Jaan_Tonisson_(Lasteleht), lk 356
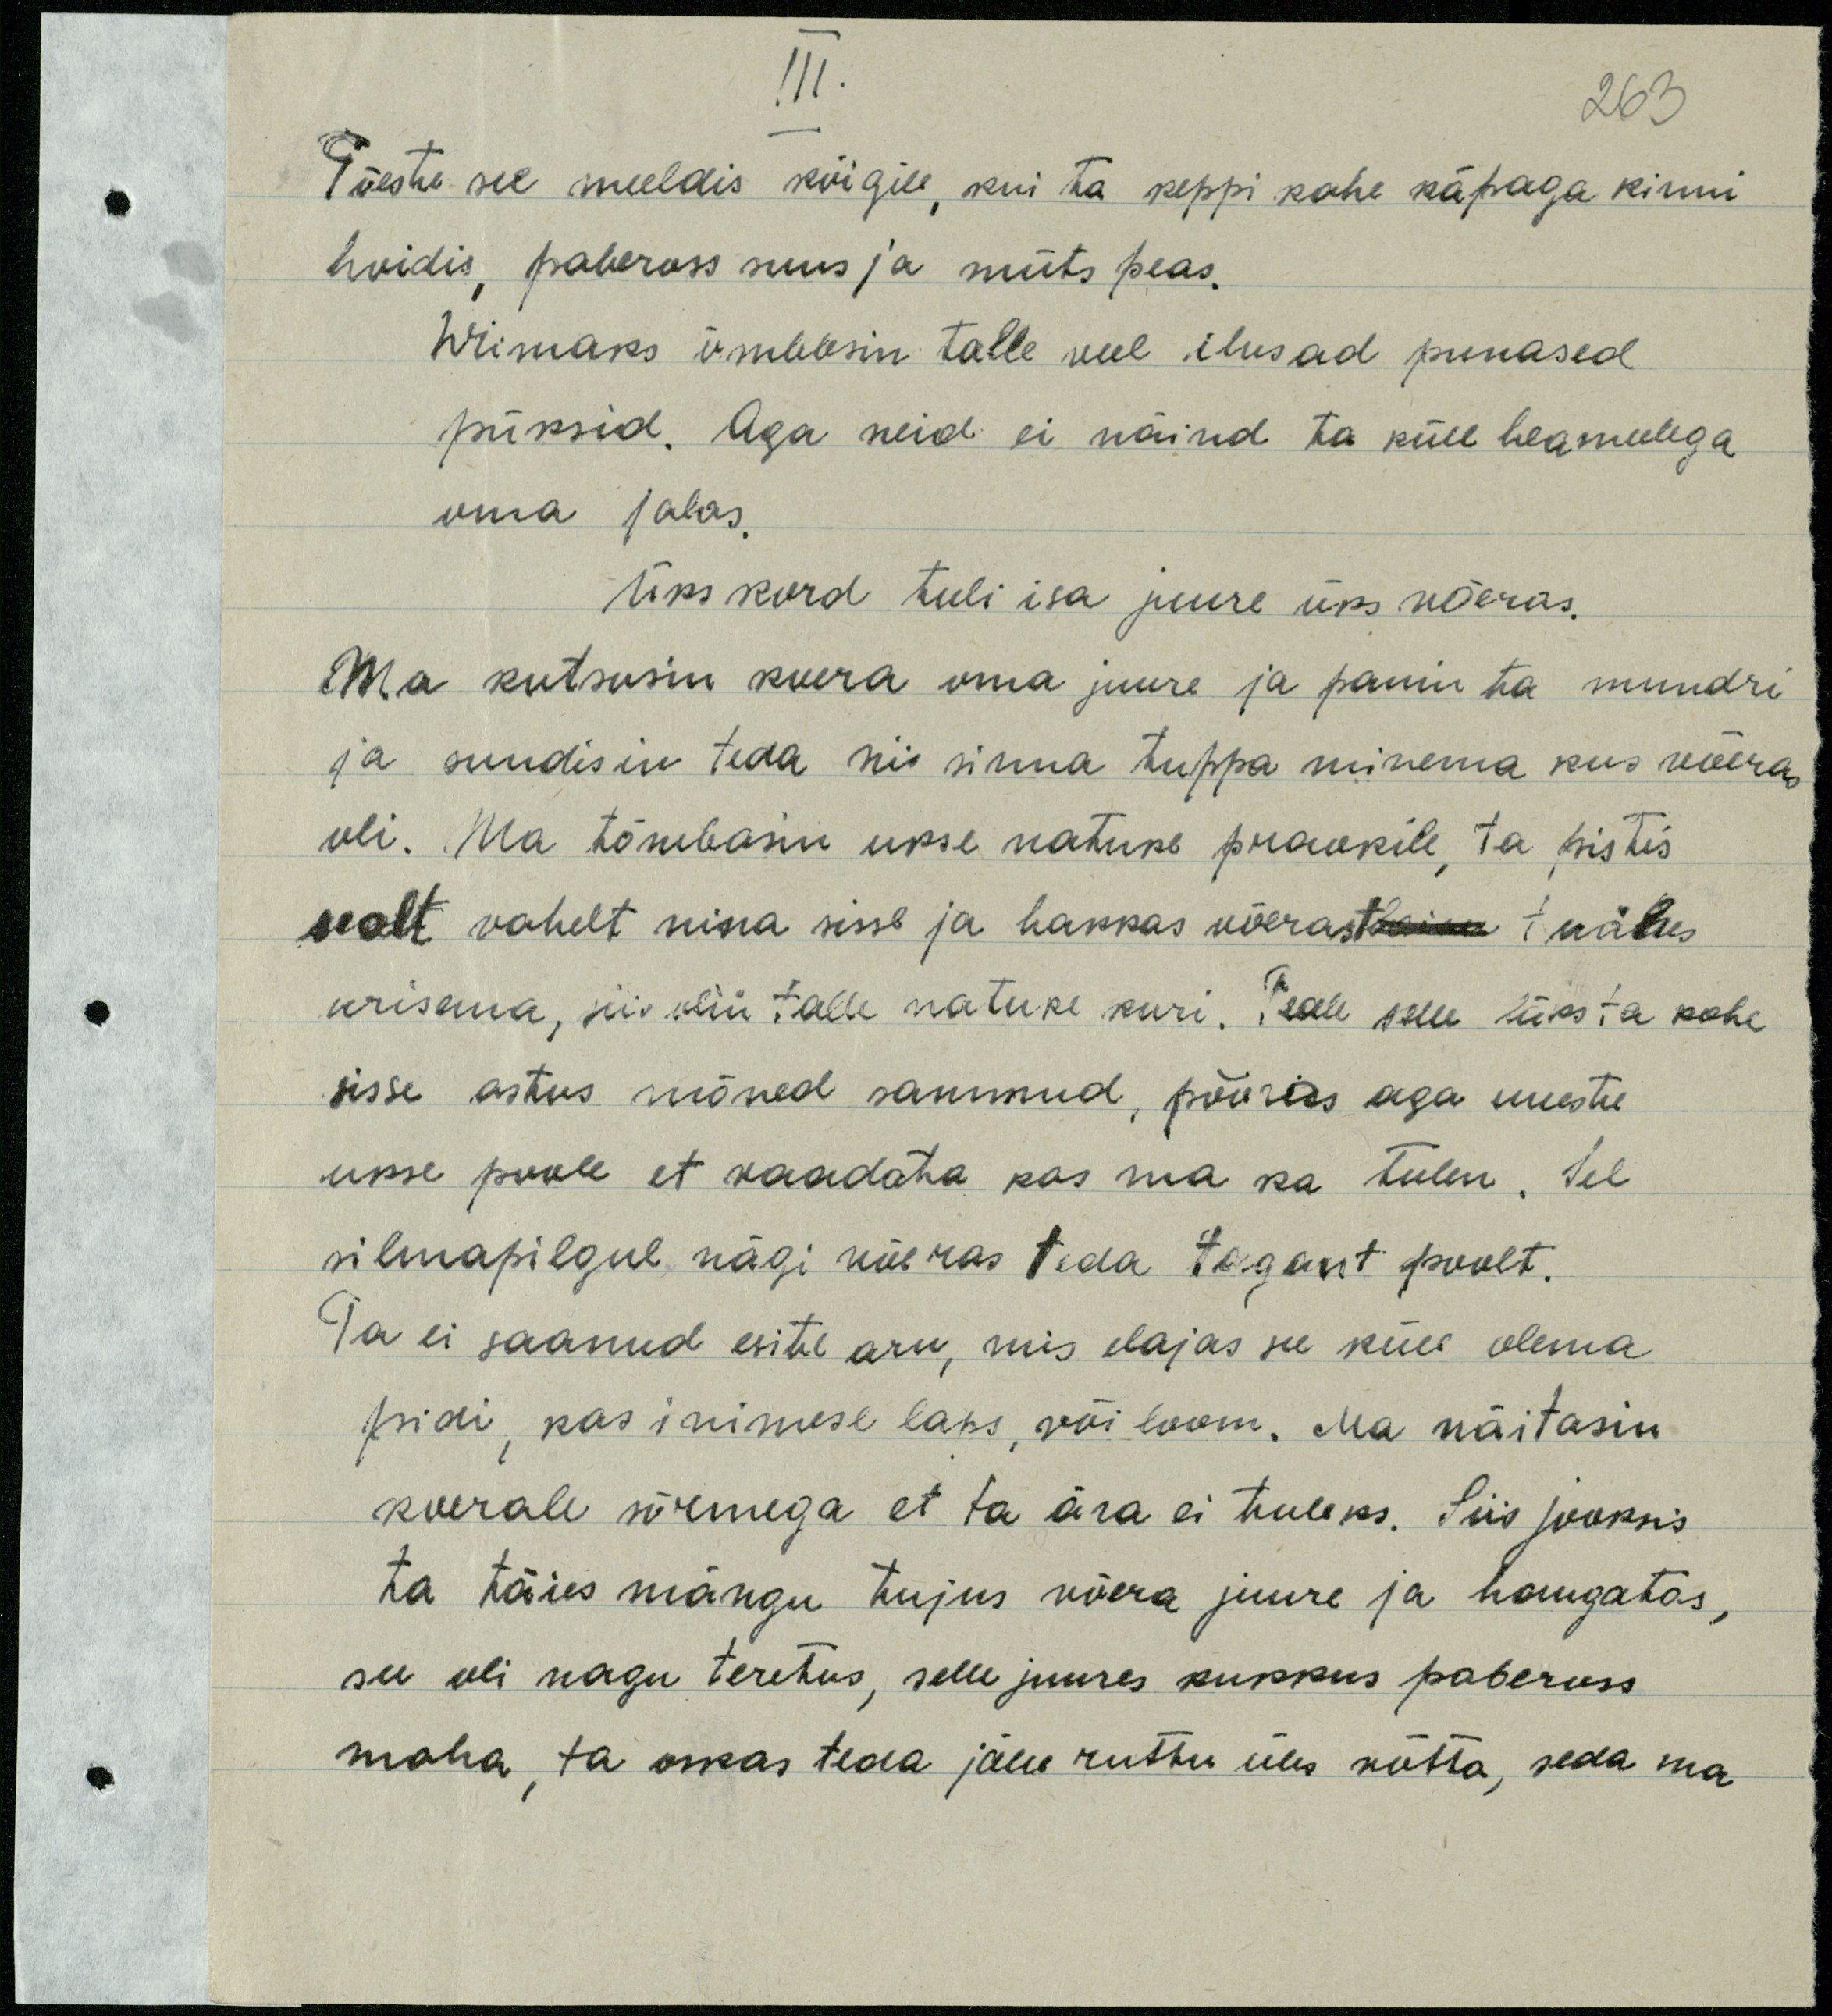
III.
263
Tõeste see meeldis kõigile, kui ta keppi kahe käpaga kinni
hoidis pabeross suus ja müts peas.
Wiimaks õmblesin talle veel ilusad punased
püksid. Aga neid ei näind ta küll heameelega
oma jalas.
üks kord tuli isa juure üks võeras.
Ma kutsusin koera oma juure ja panin ta mundri
ja sundisin teda nii sinna tuppa minema kus võeras
oli. Ma tõmbasin ukse natuke praokile ta pistis
sealt vahelt nina sisse ja hakkas võerast heina nähes
urisema, siis olin talle natuke kuri. Peale selle läks ta kohe
sisse astus mõned sammud, pööras aga uueste
ukse poole et vaadata kas ma ka tulen. Sel
silmapilgul nägi võeras teda tagant poolt.
Ta ei saanud esite aru, mis elajas see küll olema
pidi, kas inimese laps või loom. Ma näitasin
koerale sõrmega et ta ära ei tuleks. Siis jooksis
ta täies mängu tujus võera juure ja haugatas,
see oli nagu teretus, selle juures kukkus pabeross
maha, ta oskas teda jälle ruttu üles võtta, seda ma